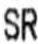
SR